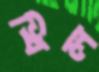
খিল